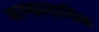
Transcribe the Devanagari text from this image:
साम्प्रादायिक